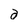
Character: a